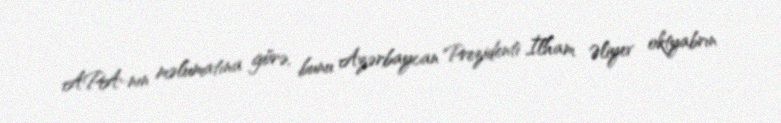
APA-nın məlumatına görə, bunu Azərbaycan Prezidenti İlham Əliyev oktyabrın